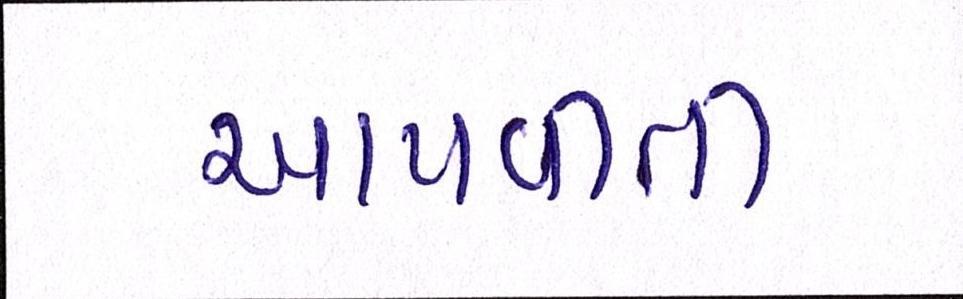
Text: આપવીતી